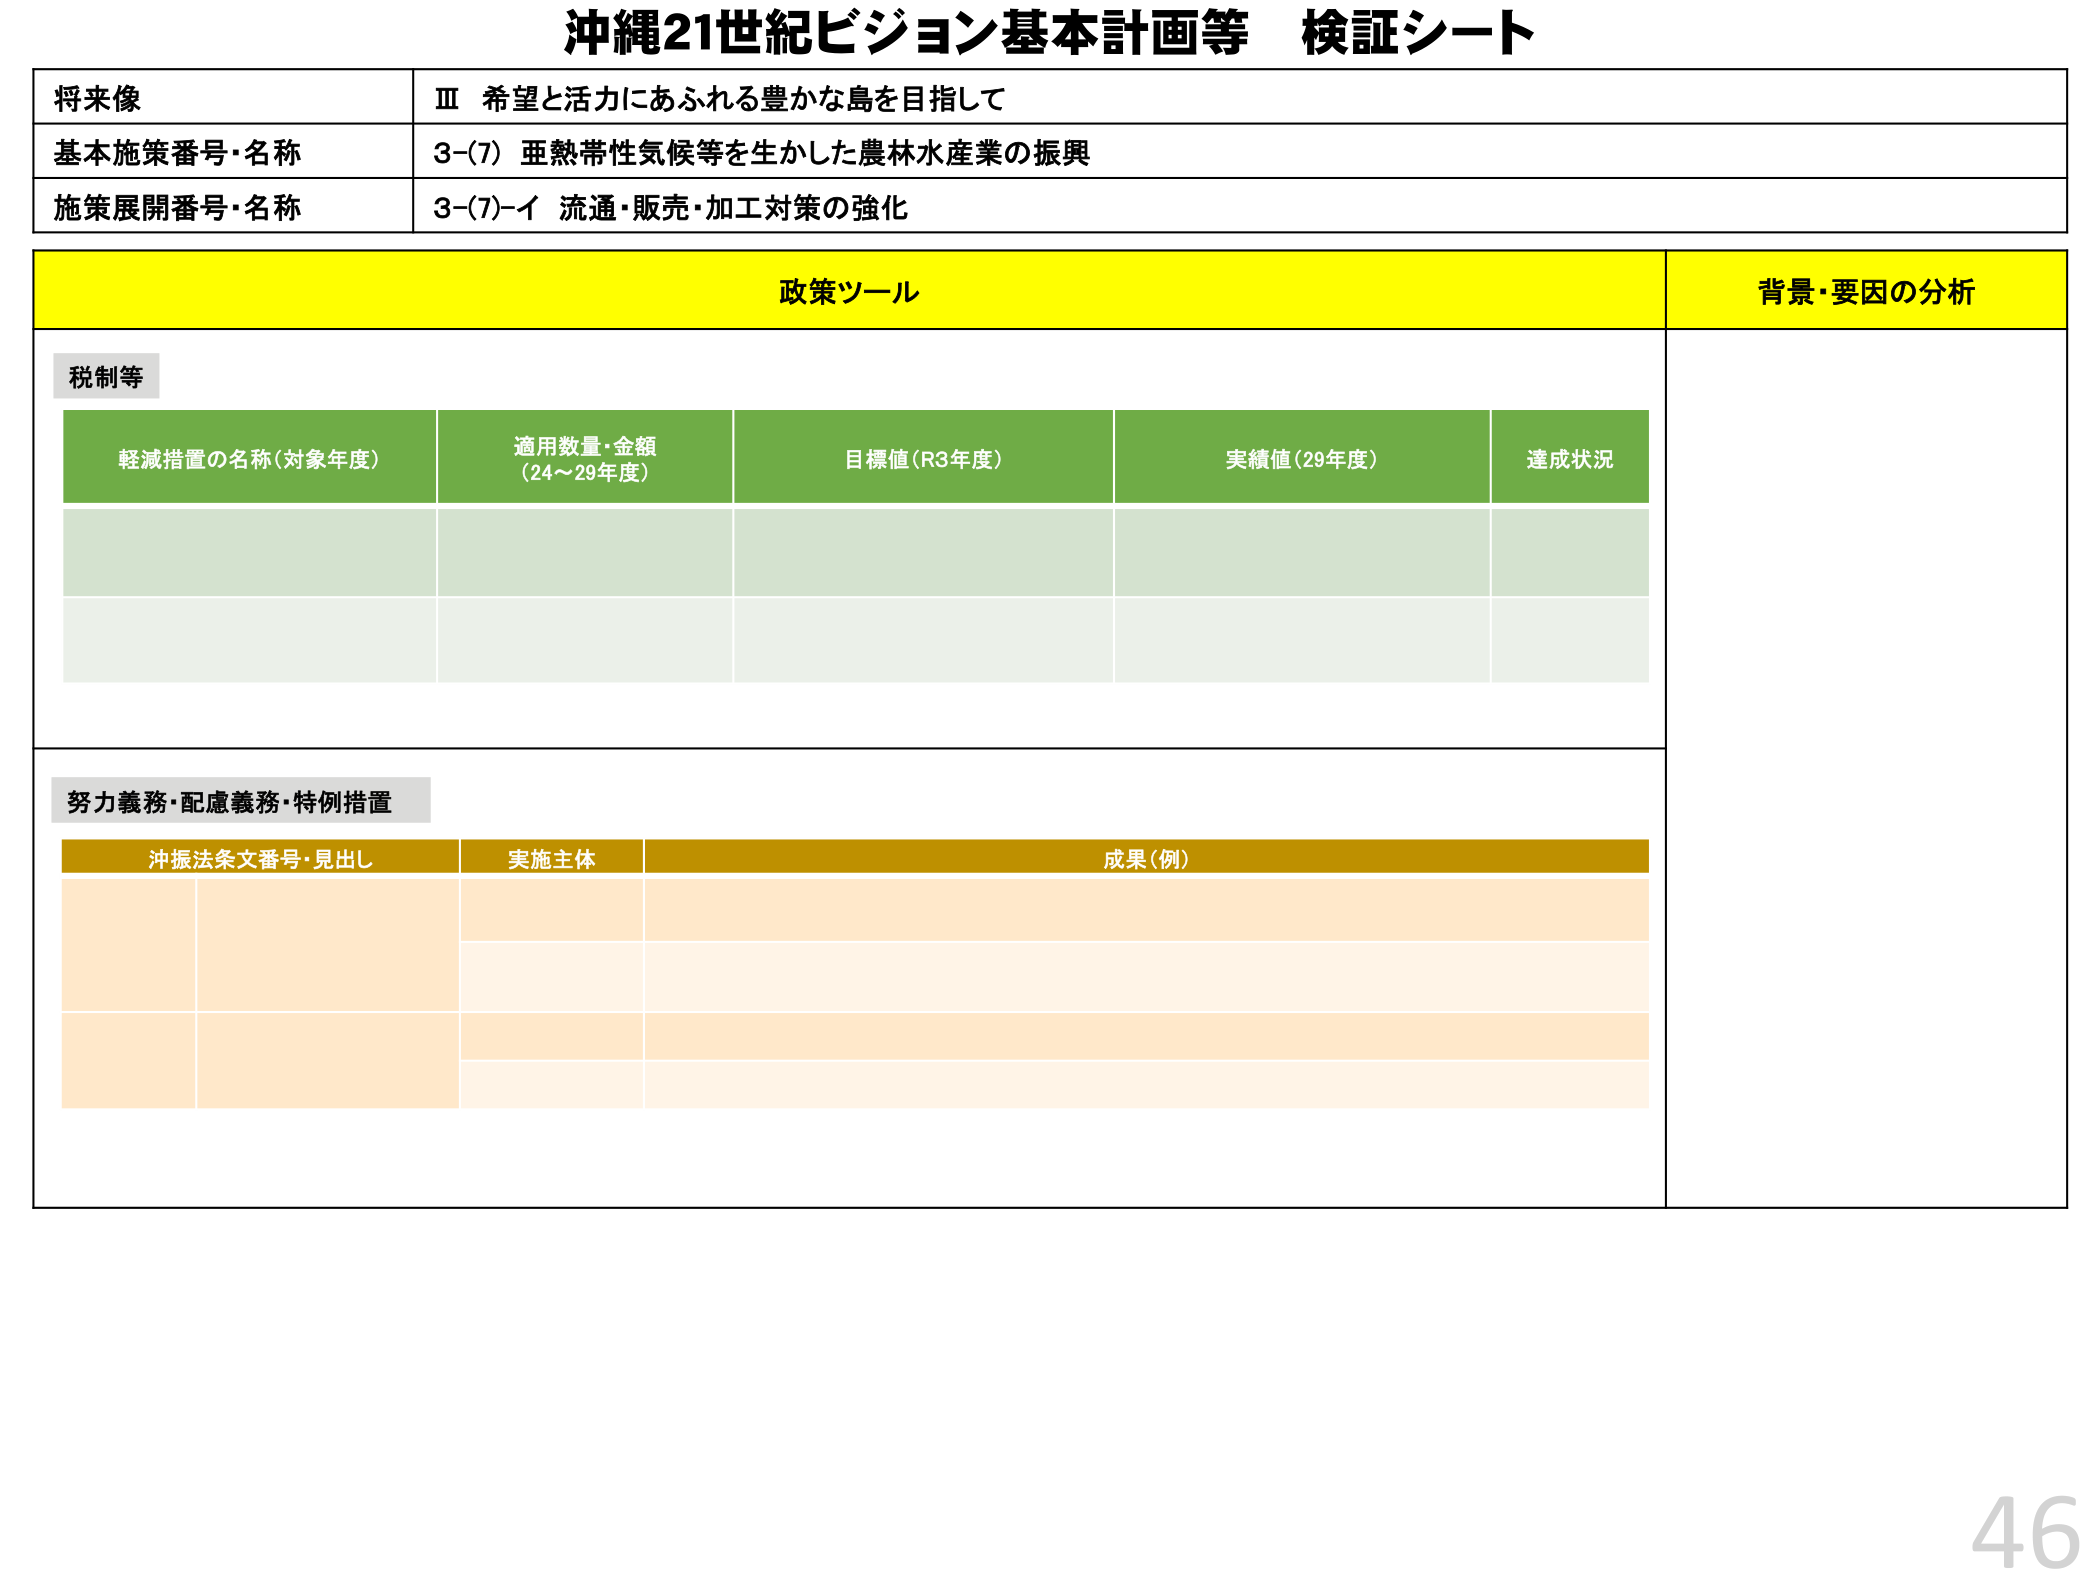
沖縄21世紀ビジョン基本計画等 検証シート

将来像
Ⅲ 希望と活力にあふれる豊かな島を目指して

基本施策番号・名称
3-(7) 亜熱帯性気候等を生かした農林水産業の振興

施策展開番号・名称
3-(7)-イ 流通・販売・加工対策の強化

政策ツール
背景・要因の分析

税制等

軽減措置の名称（対象年度）
適用数量・金額（24～29年度）
目標値（R3年度）
実績値（29年度）
達成状況

努力義務・配慮義務・特例措置

沖振法条文番号・見出し
実施主体
成果（例）

46